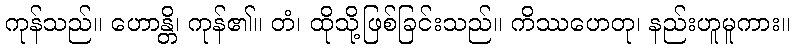
ကုန်သည်။ ဟောန္တိ၊ ကုန်၏။ တံ၊ ထိုသို့ဖြစ်ခြင်းသည်။ ကိဿဟေတု၊ နည်းဟူမူကား။